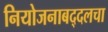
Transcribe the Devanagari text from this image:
नियोजनाबद्दलचा